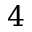
4